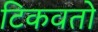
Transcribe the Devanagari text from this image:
टिकवतो